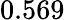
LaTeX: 0.569